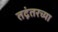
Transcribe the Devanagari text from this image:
तद्नंतरच्या